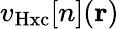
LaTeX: v_{\mathrm{Hxc}}[n](\mathbf{r})